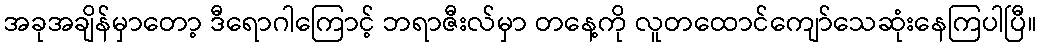
အခုအချိန်မှာတော့ ဒီရောဂါကြောင့် ဘရာဇီးလ်မှာ တနေ့ကို လူတထောင်ကျော်သေဆုံးနေကြပါပြီ။